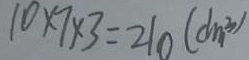
1 0 \times 7 \times 3 = 2 1 0 ( d m ^ { 3 } )